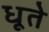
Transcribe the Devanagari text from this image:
धूते